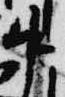
中